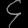
Digit: ၄